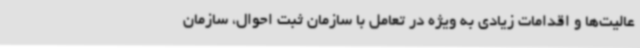
عالیت‌ها و اقدامات زیادی به ویژه در تعامل با سازمان ثبت احوال، سازمان